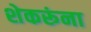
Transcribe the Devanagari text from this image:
शेकरूंना